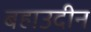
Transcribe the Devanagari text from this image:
बहाउदीन